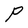
Character: P